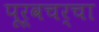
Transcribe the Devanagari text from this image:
पूर्वचर्चा